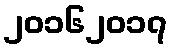
၂၀၁၆၂၀၁၇